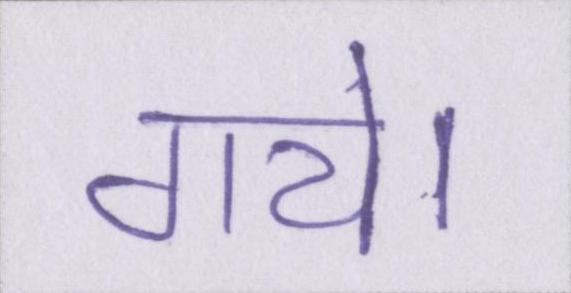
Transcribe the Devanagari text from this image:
गये।